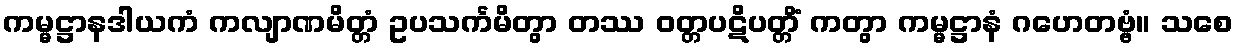
ကမ္မဋ္ဌာနဒါယကံ ကလျာဏမိတ္တံ ဥပသင်္ကမိတွာ တဿ ဝတ္တပဋိပတ္တိံ ကတွာ ကမ္မဋ္ဌာနံ ဂဟေတဗ္ဗံ။ သစေ